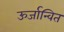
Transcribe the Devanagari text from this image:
ऊर्जान्वित